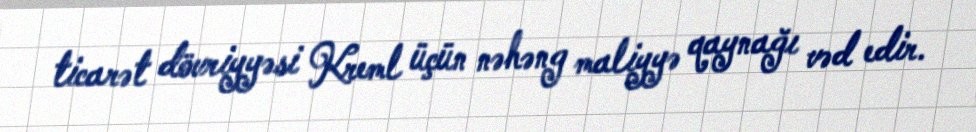
ticarət dövriyyəsi Kreml üçün nəhəng maliyyə qaynağı vəd edir.